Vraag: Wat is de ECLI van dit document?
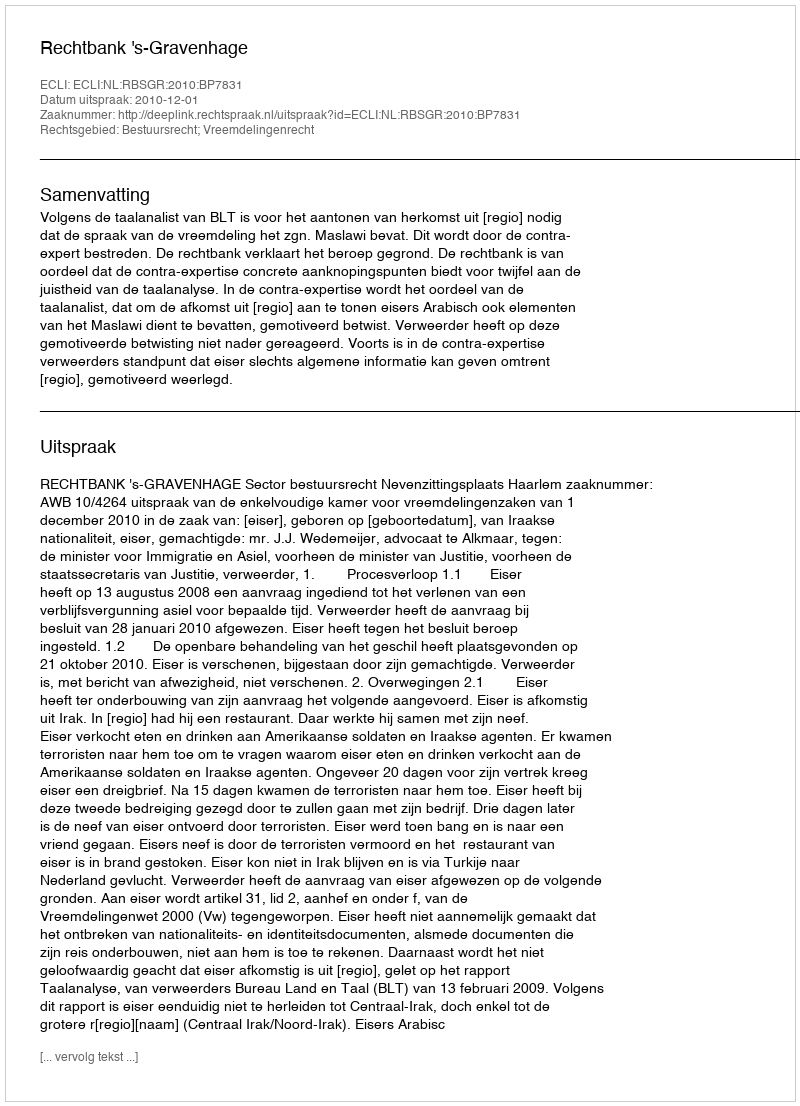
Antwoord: ECLI:NL:RBSGR:2010:BP7831